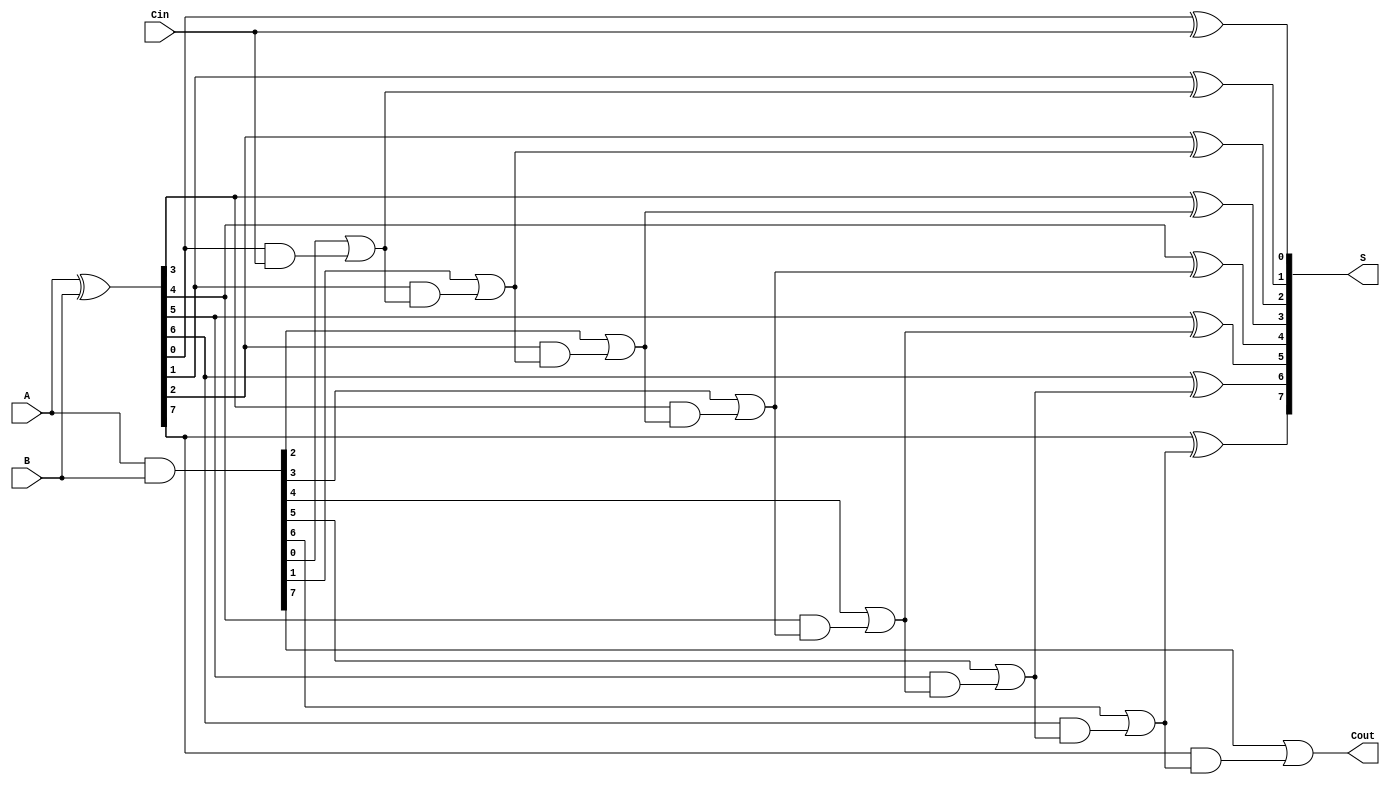
module SklanskyAdder #(parameter n = 8) (
    input [n-1:0] A,    // First n-bit input
    input [n-1:0] B,    // Second n-bit input
    input Cin,          // Carry-in
    output [n-1:0] S,   // n-bit sum output
    output Cout         // Carry-out
);

    wire [n-1:0] G;     // Generate signals
    wire [n-1:0] P;     // Propagate signals
    wire [n:0] C;       // Carry signals

    // Generate and Propagate calculations
    assign G = A & B;       // Generate
    assign P = A ^ B;       // Propagate

    // Carry signal calculations
    assign C[0] = Cin;      // Initial carry-in
    genvar i;
    generate
        for (i = 1; i < n; i = i + 1) begin : carry_calc
            assign C[i] = G[i-1] | (P[i-1] & C[i-1]);
        end
    endgenerate

    // Sum calculation
    generate
        for (i = 0; i < n; i = i + 1) begin : sum_calc
            assign S[i] = P[i] ^ C[i];
        end
    endgenerate

    // Final Carry-out
    assign Cout = G[n-1] | (P[n-1] & C[n-1]);

endmodule